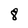
Character: 8